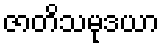
ဇာတိသမုဒယာ